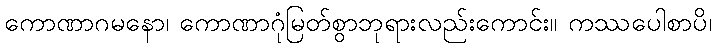
ကောဏာဂမနော၊ ကောဏာဂုံမြတ်စွာဘုရားလည်းကောင်း။ ကဿပေါစာပိ၊